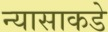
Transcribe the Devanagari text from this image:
न्यासाकडे